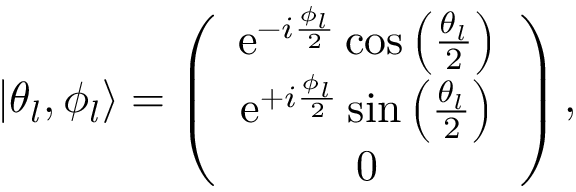
\begin{array} { r } { | \theta _ { l } , \phi _ { l } \rangle = \left( \begin{array} { c } { \mathrm { e } ^ { - i \frac { \phi _ { l } } { 2 } } \cos \left( \frac { \theta _ { l } } { 2 } \right) } \\ { \mathrm { e } ^ { + i \frac { \phi _ { l } } { 2 } } \sin \left( \frac { \theta _ { l } } { 2 } \right) } \\ { 0 } \end{array} \right) , } \end{array}